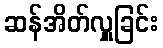
ဆန်အိတ်လှူခြင်း